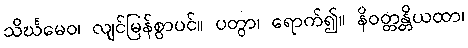
သိင်္ဃမေဝ၊ လျင်မြန်စွာပင်။ ပတွာ၊ ရောက်၍။ နိဝတ္တန္တိယထာ၊